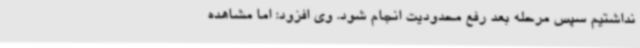
نداشتیم سپس مرحله بعد رفع محدودیت انجام شود. وی افزود: اما مشاهده